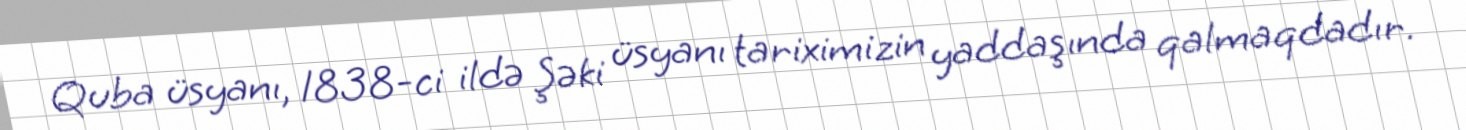
Quba üsyanı, 1838-ci ildə Şəki üsyanı tariximizin yaddaşında qalmaqdadır.